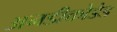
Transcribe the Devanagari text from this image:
अनडीकोडेड